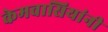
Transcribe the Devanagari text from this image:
केमवासियांनी